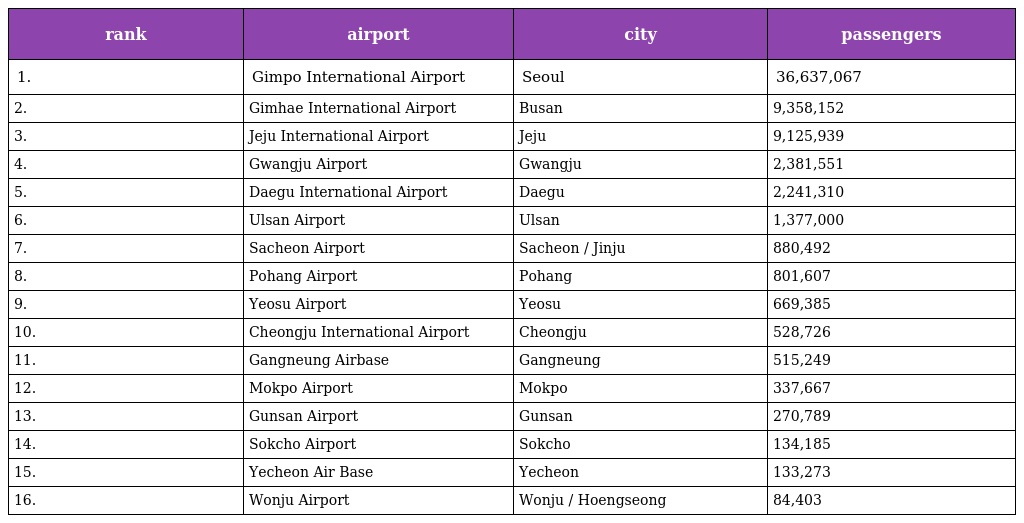
| rank | airport | city | passengers |
 | --- | --- | --- | --- |
 | 1. | Gimpo International Airport | Seoul | 36,637,067 |
 | 2. | Gimhae International Airport | Busan | 9,358,152 |
 | 3. | Jeju International Airport | Jeju | 9,125,939 |
 | 4. | Gwangju Airport | Gwangju | 2,381,551 |
 | 5. | Daegu International Airport | Daegu | 2,241,310 |
 | 6. | Ulsan Airport | Ulsan | 1,377,000 |
 | 7. | Sacheon Airport | Sacheon / Jinju | 880,492 |
 | 8. | Pohang Airport | Pohang | 801,607 |
 | 9. | Yeosu Airport | Yeosu | 669,385 |
 | 10. | Cheongju International Airport | Cheongju | 528,726 |
 | 11. | Gangneung Airbase | Gangneung | 515,249 |
 | 12. | Mokpo Airport | Mokpo | 337,667 |
 | 13. | Gunsan Airport | Gunsan | 270,789 |
 | 14. | Sokcho Airport | Sokcho | 134,185 |
 | 15. | Yecheon Air Base | Yecheon | 133,273 |
 | 16. | Wonju Airport | Wonju / Hoengseong | 84,403 |